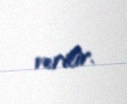
verilir.